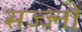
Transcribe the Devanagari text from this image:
सज्ज्नों